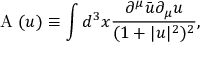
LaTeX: \mathrm { ~ \cal { A } ~ } ( u ) \equiv \int d ^ { 3 } x \frac { \partial ^ { \mu } \bar { u } \partial _ { \mu } u } { ( 1 + | u | ^ { 2 } ) ^ { 2 } } ,